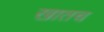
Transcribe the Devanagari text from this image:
खातच